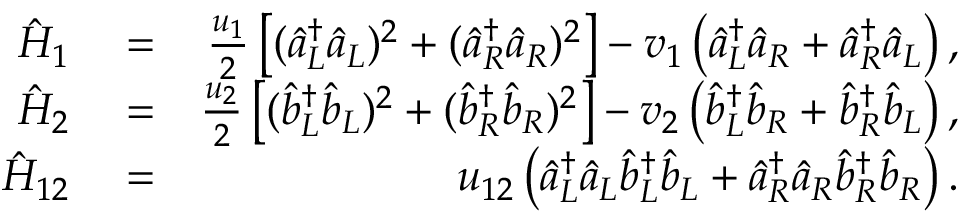
\begin{array} { r l r } { \hat { H } _ { 1 } } & { { } = } & { \frac { u _ { 1 } } { 2 } \left[ ( \hat { a } _ { L } ^ { \dagger } \hat { a } _ { L } ) ^ { 2 } + ( \hat { a } _ { R } ^ { \dagger } \hat { a } _ { R } ) ^ { 2 } \right] - v _ { 1 } \left( \hat { a } _ { L } ^ { \dagger } \hat { a } _ { R } + \hat { a } _ { R } ^ { \dagger } \hat { a } _ { L } \right) , } \\ { \hat { H } _ { 2 } } & { { } = } & { \frac { u _ { 2 } } { 2 } \left[ ( \hat { b } _ { L } ^ { \dagger } \hat { b } _ { L } ) ^ { 2 } + ( \hat { b } _ { R } ^ { \dagger } \hat { b } _ { R } ) ^ { 2 } \right] - v _ { 2 } \left( \hat { b } _ { L } ^ { \dagger } \hat { b } _ { R } + \hat { b } _ { R } ^ { \dagger } \hat { b } _ { L } \right) , } \\ { \hat { H } _ { 1 2 } } & { { } = } & { u _ { 1 2 } \left( \hat { a } _ { L } ^ { \dagger } \hat { a } _ { L } \hat { b } _ { L } ^ { \dagger } \hat { b } _ { L } + \hat { a } _ { R } ^ { \dagger } \hat { a } _ { R } \hat { b } _ { R } ^ { \dagger } \hat { b } _ { R } \right) . } \end{array}